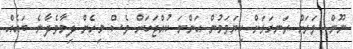
ނޫން. ވަރަށް ރަނގަޅަށް ކިޔަވަމުން އަންނަ ކުއްޖަކަށް ވެސް މިހެން ދިމާވެދާނެ. ބައެއް